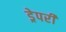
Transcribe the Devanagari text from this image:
ड्रेपरी